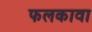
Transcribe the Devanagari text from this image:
फलकावा